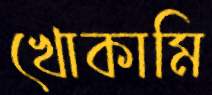
খোকামি